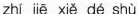
zhí jiē xiě dé shù 。